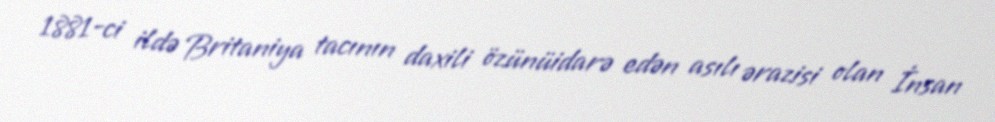
1881-ci ildə Britaniya tacının daxili özünüidarə edən asılı ərazisi olan İnsan